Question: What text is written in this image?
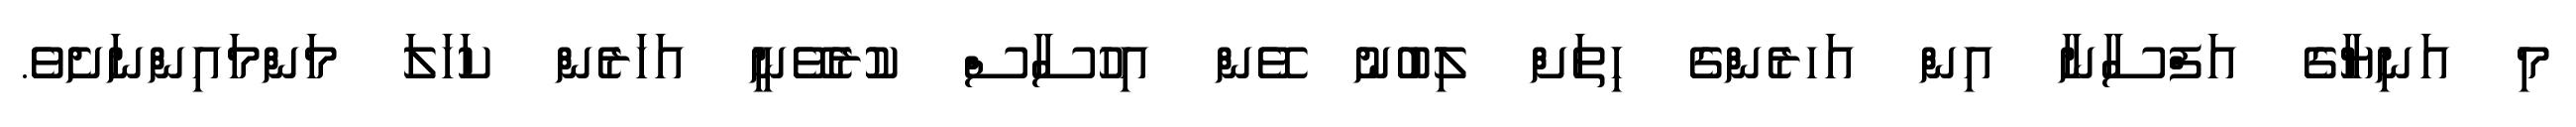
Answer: މި އަނިޔާގެ އަފްސާނާ އިން އަހރެންގެ ހިތަށް ލިބުނު ވޭން އިހުސާސް ކުރެވޭނީ އަހަރެން ކަހަލަ މަންމައިންނަށެވެ.